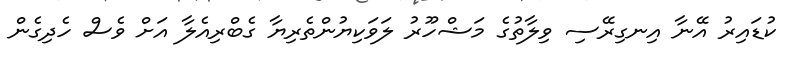
ކުޑައިރު އޭނާ އިނގިރޭސި ވިލާތުގެ މަޝްހޫރު ލަވަކިޔުންތެރިޔާ ގެބްރިއެލާ އަށް ވެސް ހެދިގެން